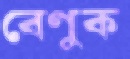
বেণুক